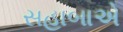
સહાબાએ